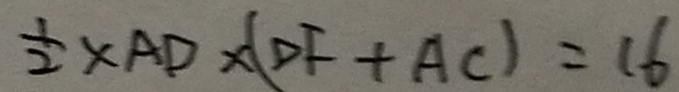
\frac { 1 } { 2 } \times A D \times ( D F + A C ) = 1 6